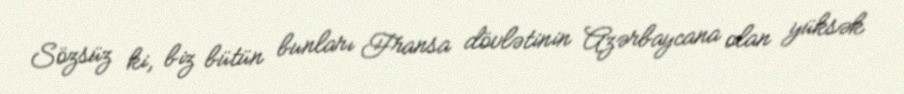
Sözsüz ki, biz bütün bunları Fransa dövlətinin Azərbaycana olan yüksək